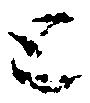
と